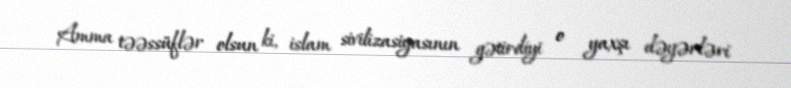
Amma təəssüflər olsun ki, islam sivilizasiyasının gətirdiyi o yaxşı dəyərləri